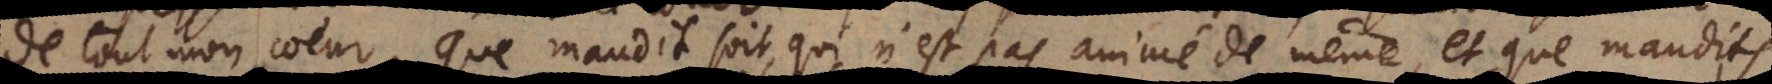
de tout mon coeur. Que maudit soit, qui n’est pas animé de même, et que maudits